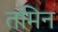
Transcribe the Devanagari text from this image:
तमिन